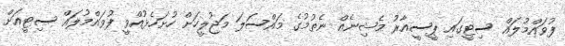
ފުވައްމުލައް ސިޓީގައި ޕީސީއާރު މެޝިނެއް ނެތުމުގެ މައްސަލަ މަޖުލީހަށް ހުށަހެޅުއްވީ ފުވައްމުލައް ސިޓީއަށް